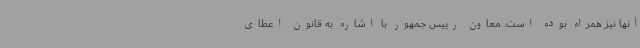
آنها نیز همراه بوده است. معاون رییس جمهور با اشاره به قانون اعطای